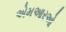
એમઆરઓ